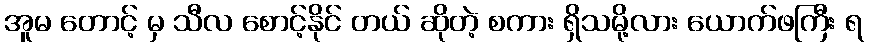
အူမ တောင့် မှ သီလ စောင့်နိုင် တယ် ဆိုတဲ့ စကား ရှိသမို့လား ယောက်ဖကြီး ရ